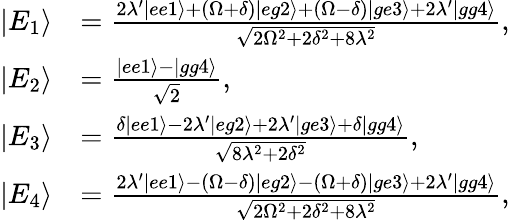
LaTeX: \begin{array}{rl}{|E_{1}\rangle}&{=\frac{2\lambda^{\prime}|ee1\rangle+(\Omega+\delta)|eg2\rangle+(\Omega-\delta)|ge3\rangle+2\lambda^{\prime}|gg4\rangle}{\sqrt{2\Omega^{2}+2\delta^{2}+8\lambda^{2}}},}\\ {|E_{2}\rangle}&{=\frac{|ee1\rangle-|gg4\rangle}{\sqrt{2}},}\\ {|E_{3}\rangle}&{=\frac{\delta|ee1\rangle-2\lambda^{\prime}|eg2\rangle+2\lambda^{\prime}|ge3\rangle+\delta|gg4\rangle}{\sqrt{8\lambda^{2}+2\delta^{2}}},}\\ {|E_{4}\rangle}&{=\frac{2\lambda^{\prime}|ee1\rangle-(\Omega-\delta)|eg2\rangle-(\Omega+\delta)|ge3\rangle+2\lambda^{\prime}|gg4\rangle}{\sqrt{2\Omega^{2}+2\delta^{2}+8\lambda^{2}}},}\end{array}